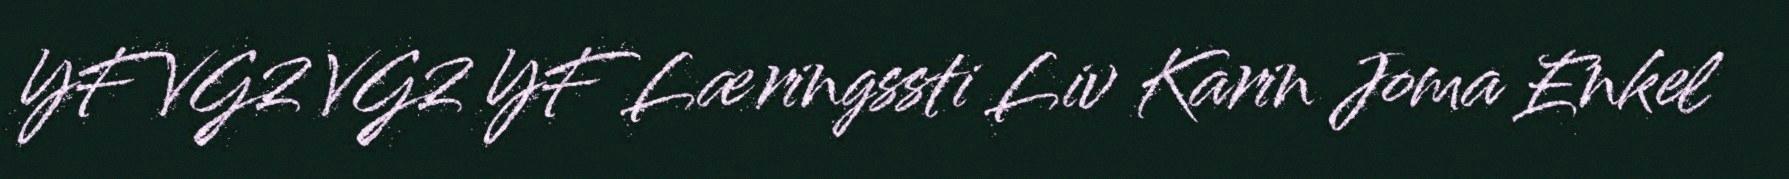
YF VG2 VG2 YF Læringssti Liv Karin Joma Enkel